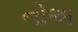
નોઅ